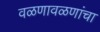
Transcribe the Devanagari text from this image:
वळणावळणांचा